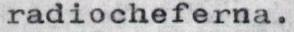
radiocheferna.